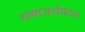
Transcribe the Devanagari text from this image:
समाजसंघटन